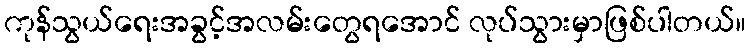
ကုန်သွယ်ရေးအခွင့်အလမ်းတွေရအောင် လုပ်သွားမှာဖြစ်ပါတယ်။